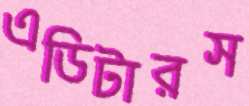
এডিটারস